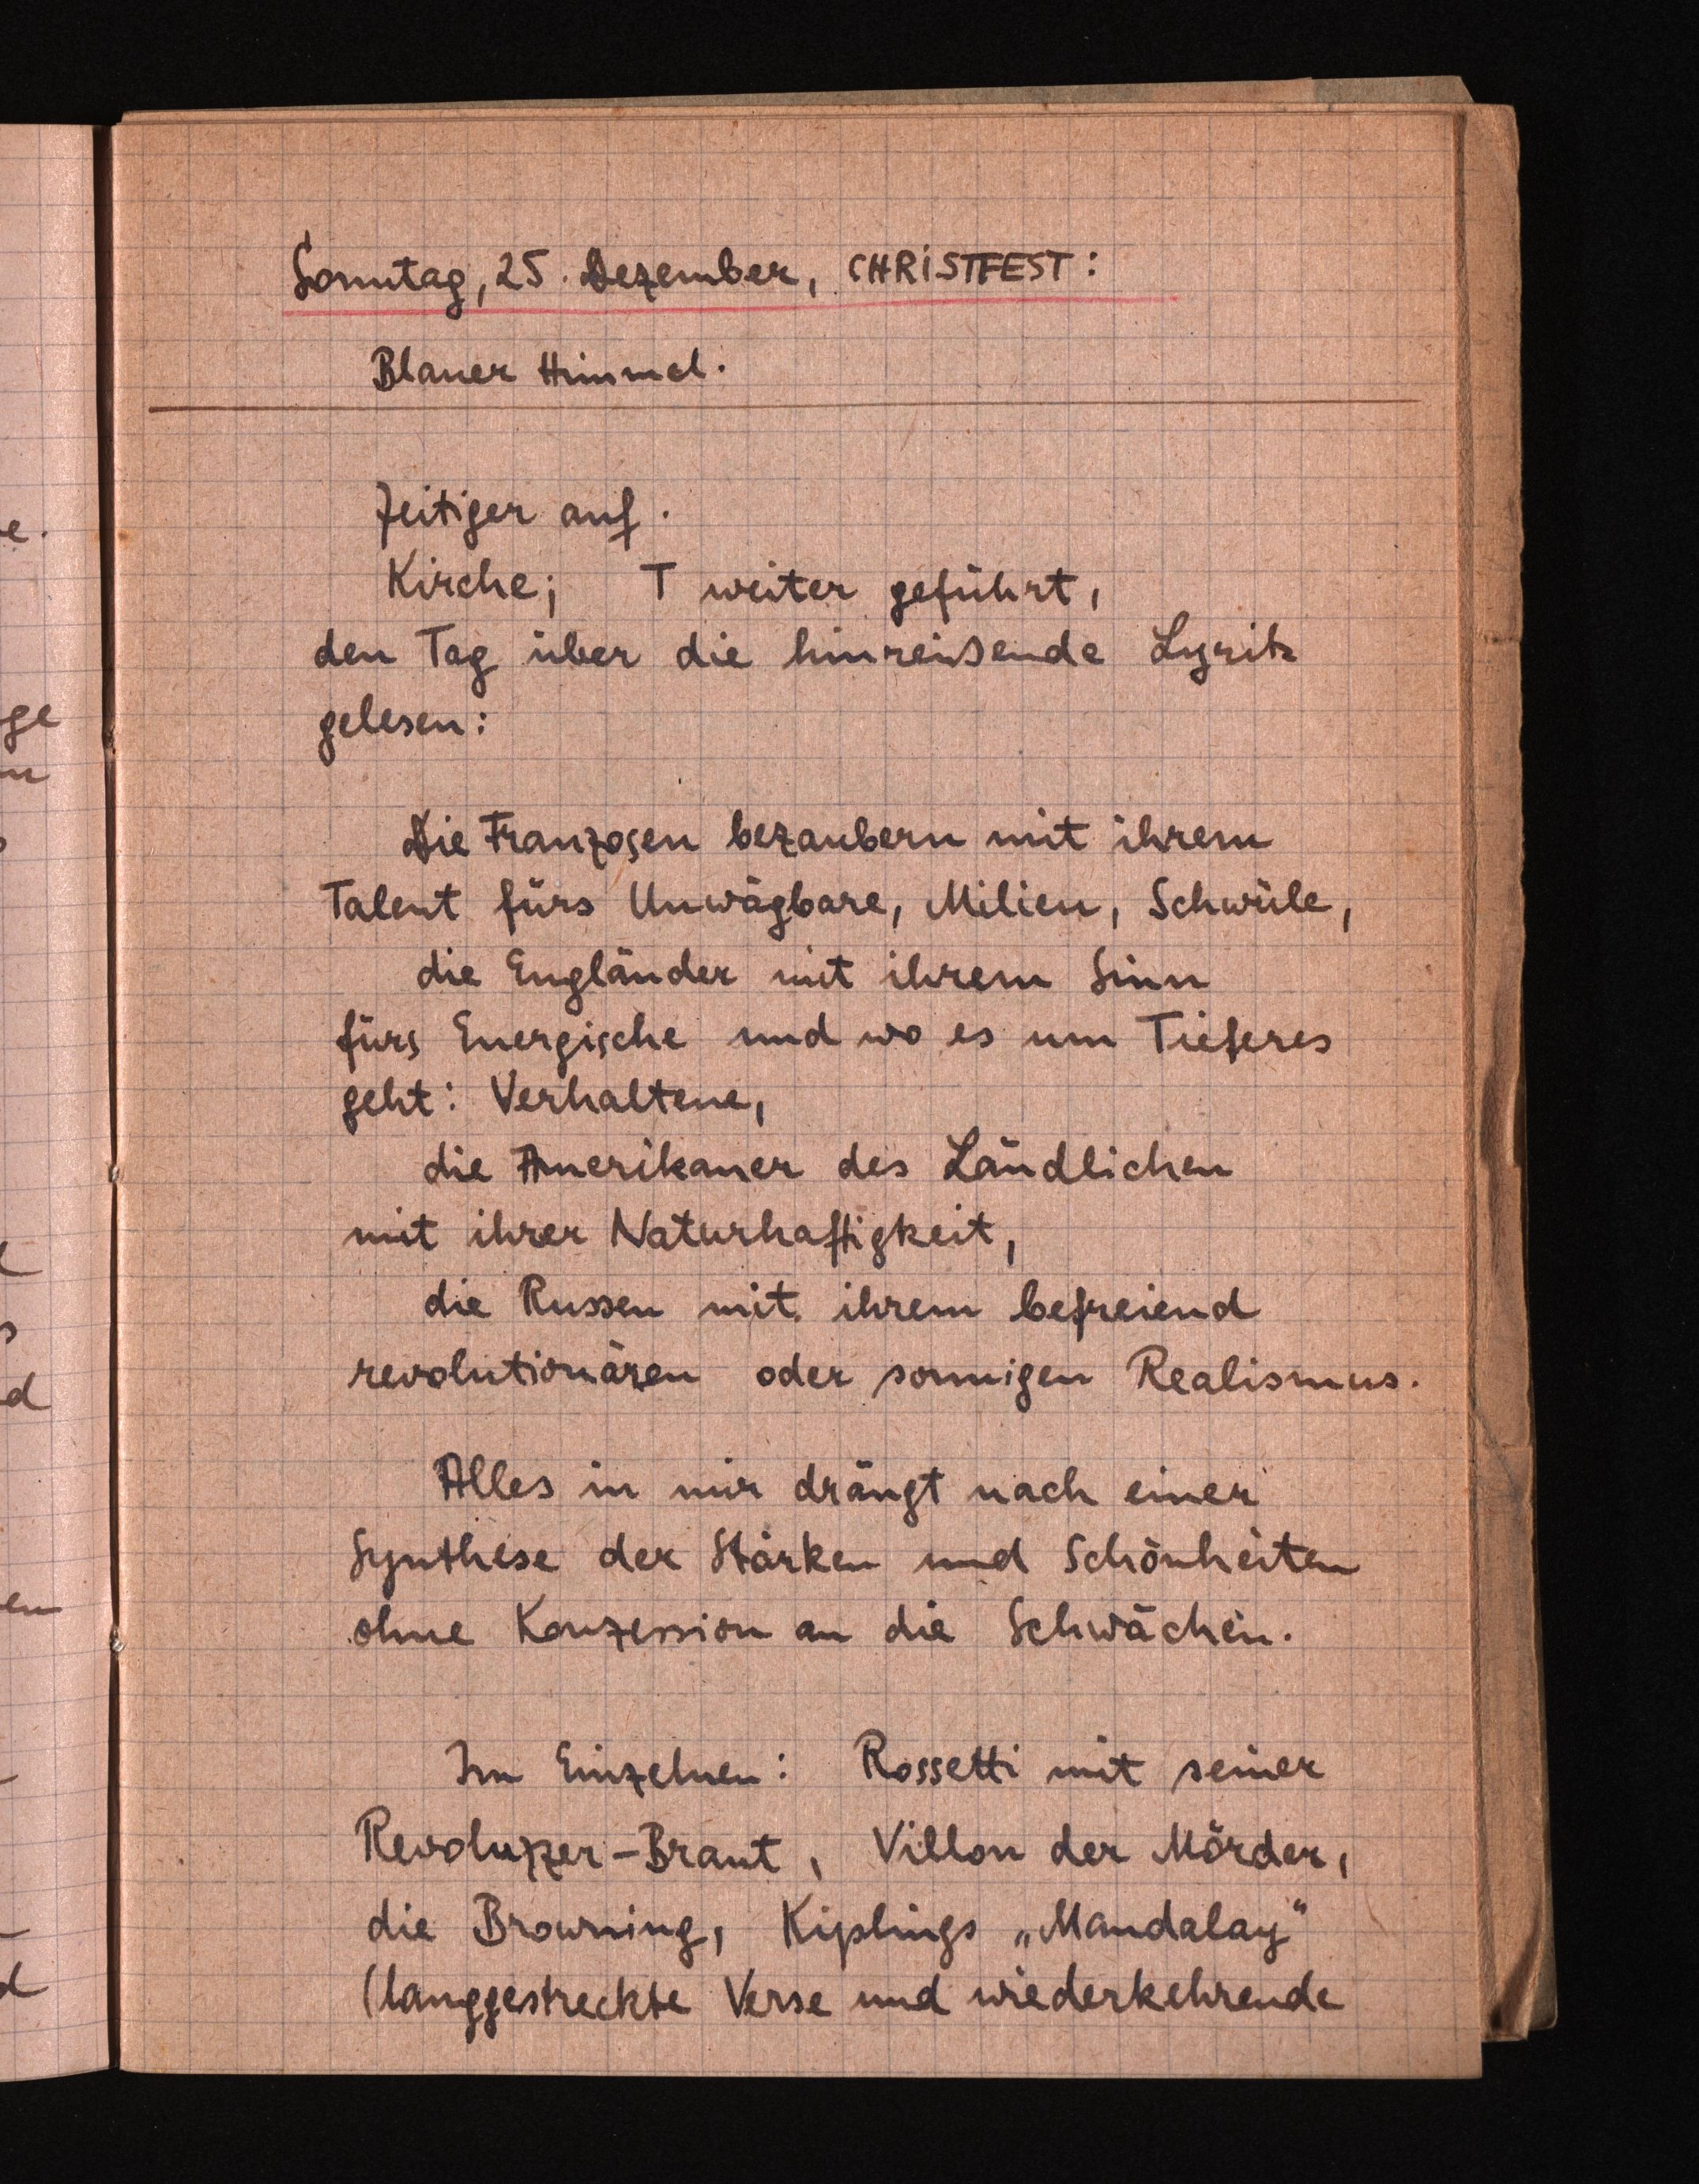
Sonntag, 25. Bezember, (HRiSttEst:
Blauer Himmel.
Zeitiger auf.
Kirche; T weiter geführt,
den Tag über die hinreißende Lyritz
gelesen:
Die Franzosen bezäubern mit ihrem
Talent fürs Unwagbare, Milien, Schweile,
die Engländer mit ihrem Sinn
fürs Energische und wo es um Tieferes
geht: Verhaltene,
die Amerekauer des Ländlichen
mit ihrer Naturhaftigkeit,
die Russen mit ihrem befreiend
revolutionaren oder sonnigen Realismus.
Alles in mir drängt nach einer
Synthese der Stärken und Schönheiten
ohne Konzession an die Schwächen.
Im Einzelnen. Rossetti mit seiner
Revoluzzer-Braut. Villon der Mörder,
die Browning, Kiplngs "Mandalay
(langgestreckte Verse und wiederkehrende